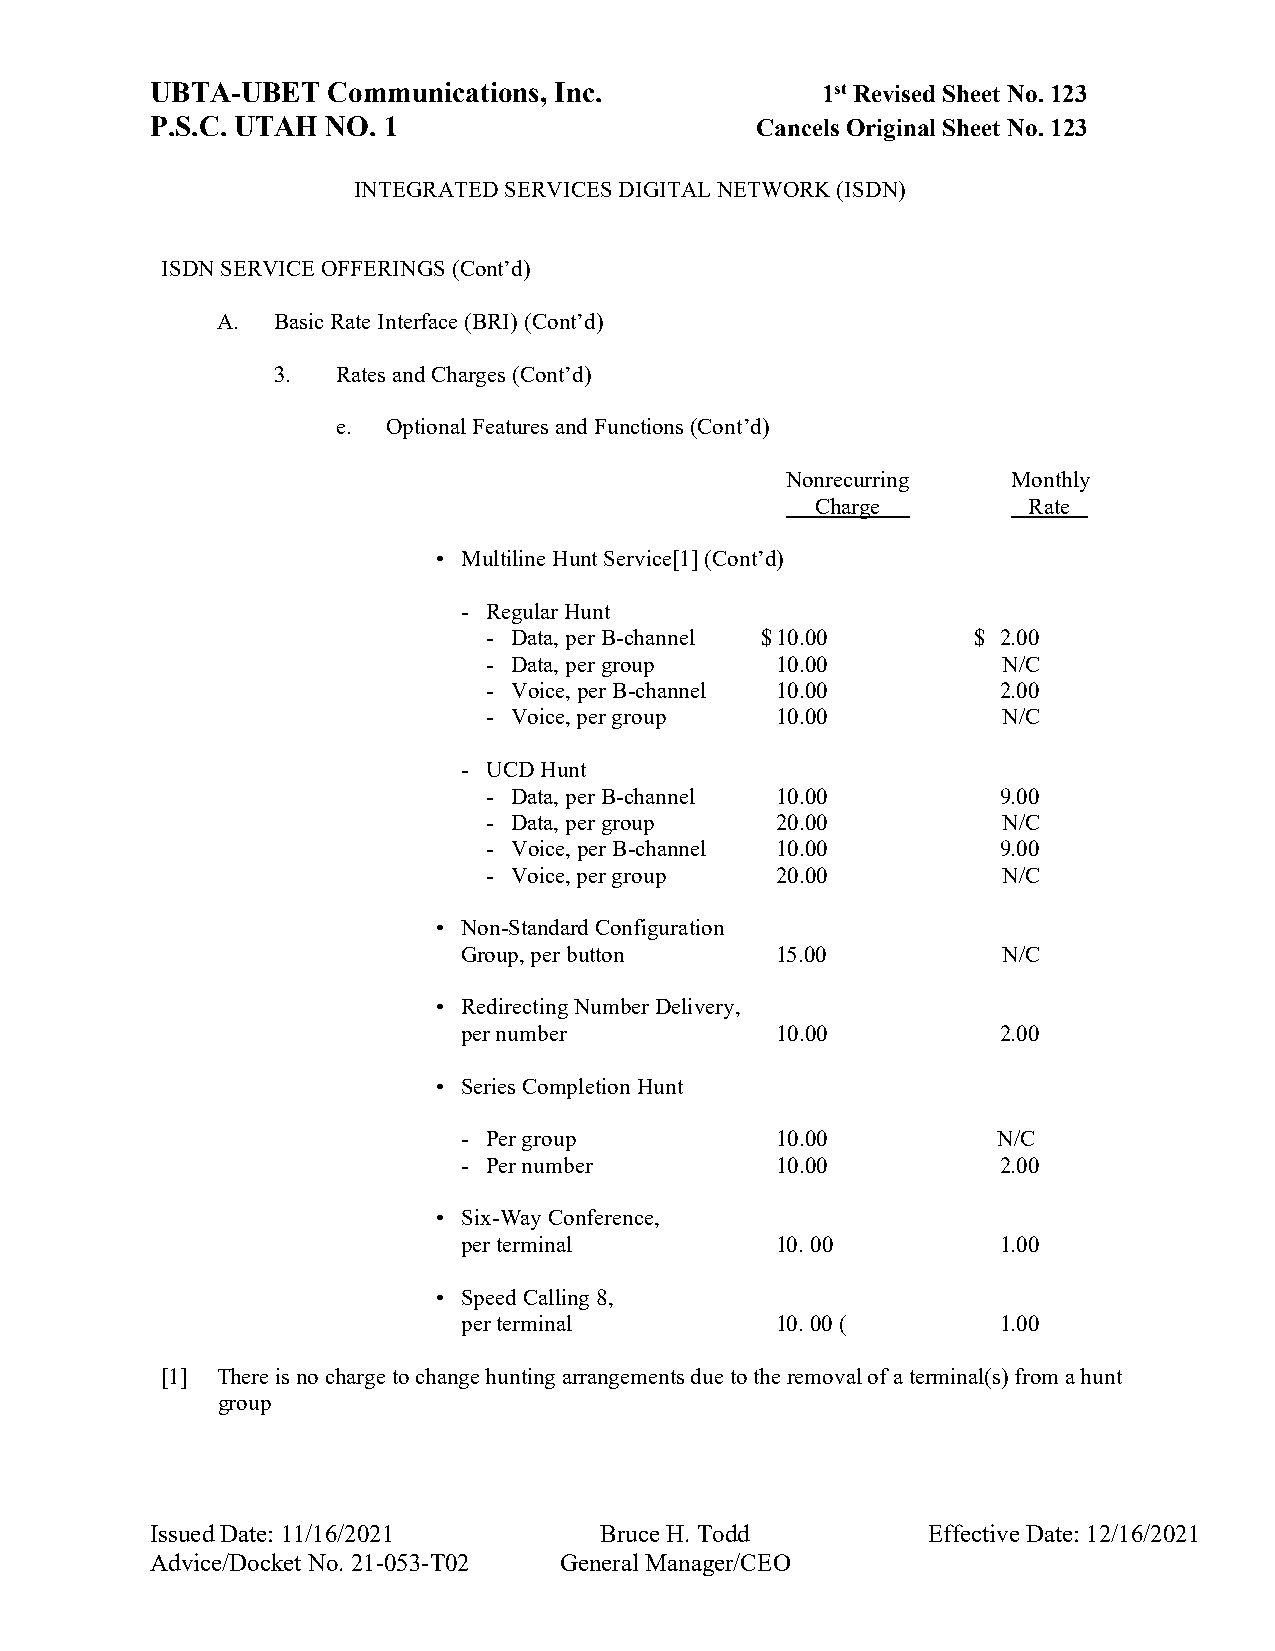
UBTA-UBET   Communications, Inc.            1st Revised Sheet No. 123
 P.S.C. UTAH NO. 1                       Cancels Original Sheet No. 123
 INTEGRATED SERVICES DIGITAL NETWORK (ISDN)
 ISDN SERVICE OFFERINGS (Cont’d)
 A.  Basic Rate Interface (BRI) (Cont’d)
 3.  Rates and Charges (Cont’d)
 e.  Optional Features and Functions (Cont’d)
 Nonrecurring   Monthly
 Charge        Rate
 • Multiline Hunt Service[1] (Cont’d)
 - Regular Hunt
 - Data, per B-channel $ 10.00   $ 2.00
 - Data, per group  10.00          N/C
 - Voice, per B-channel 10.00      2.00
 - Voice, per group 10.00          N/C
 - UCD Hunt
 - Data, per B-channel 10.00       9.00
 - Data, per group  20.00          N/C
 - Voice, per B-channel 10.00      9.00
 - Voice, per group 20.00          N/C
 • Non-Standard Configuration
 Group, per button   15.00          N/C
 • Redirecting Number Delivery,
 per number          10.00          2.00
 • Series Completion Hunt
 - Per group         10.00          N/C
 - Per number        10.00          2.00
 • Six-Way Conference,
 per terminal        10. 00         1.00
 • Speed Calling 8,
 per terminal        10. 00 (       1.00
 [1] There is no charge to change hunting arrangements due to the removal of a terminal(s) from a hunt
 group
 Issued Date: 11/16/2021       Bruce H. Todd        Effective Date: 12/16/2021
 Advice/Docket No. 21-053-T02 General Manager/CEO